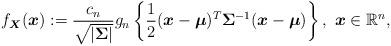
LaTeX: \begin{align*}f_{\boldsymbol{X}}(\boldsymbol{x}):=\frac{c_{n}}{\sqrt{|\boldsymbol{\Sigma}|}}g_{n}\left\{\frac{1}{2}(\boldsymbol{x}-\boldsymbol{\mu})^{T}\mathbf{\Sigma}^{-1}(\boldsymbol{x}-\boldsymbol{\mu})\right\},~\boldsymbol{x}\in\mathbb{R}^{n},\end{align*}